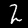
Digit: 2